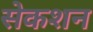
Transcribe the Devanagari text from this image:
सेकशन